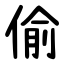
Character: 偷